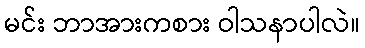
မင်း ဘာအားကစား ဝါသနာပါလဲ။